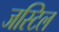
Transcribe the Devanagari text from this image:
जस्टिल